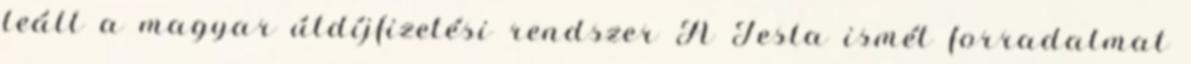
leáll a magyar útdíjfizetési rendszer A Tesla ismét forradalmat